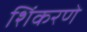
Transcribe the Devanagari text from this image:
शिंकरणे